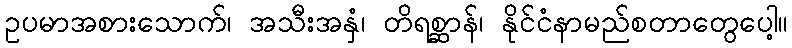
ဥပမာအစားသောက်၊ အသီးအနှံ၊ တိရစ္ဆာန်၊ နိုင်ငံနာမည်စတာတွေပေါ့။